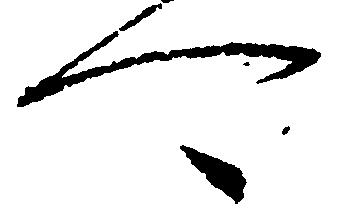
可